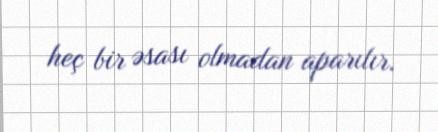
heç bir əsası olmadan aparılır.